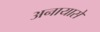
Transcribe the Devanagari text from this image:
अनायासे